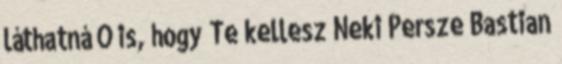
láthatná Ő is, hogy Te kellesz Neki Persze Bastian